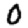
Digit: 0